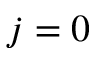
j = 0